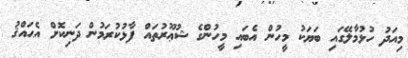
މިއަދު ހުޅުމާލޭގައި ބަޔަކު މީހުން އެބައި މީހުންގެ ޝުޢޫރުތައް ފާޅުކުރަމުން ދަނިކޮށް އެޙައްޤު